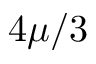
4 \mu / 3